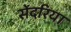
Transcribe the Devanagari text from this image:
सेंदरिया